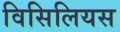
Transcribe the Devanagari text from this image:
विसिलियस